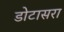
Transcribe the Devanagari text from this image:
डोटासरा